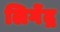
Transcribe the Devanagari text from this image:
लिगेंद्र